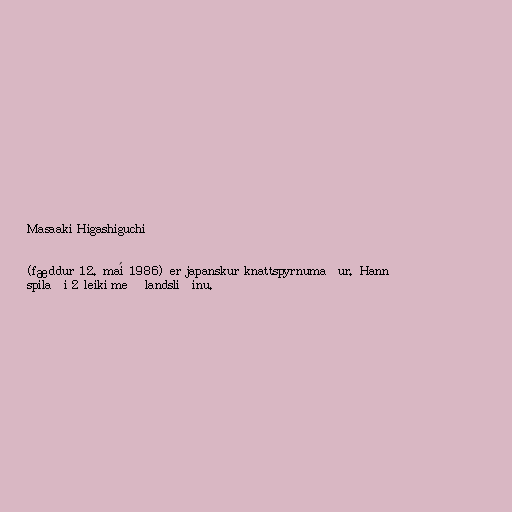
Masaaki Higashiguchi

(fæddur 12. maí 1986) er japanskur knattspyrnumaður. Hann
spilaði 2 leiki með landsliðinu.